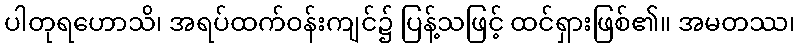
ပါတုရဟောသိ၊ အရပ်ထက်ဝန်းကျင်၌ ပြန့်သဖြင့် ထင်ရှားဖြစ်၏။ အမတဿ၊